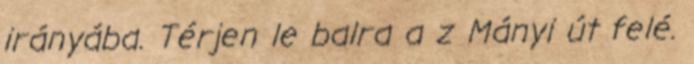
irányába. Térjen le balra a z Mányi út felé.